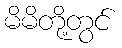
မိမိတို့တွင်